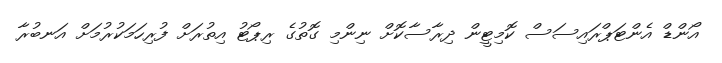
އޯންޑް އެންޓަޕްރައިސަސް ކޮމިޓީން ދިރާސާކޮށް ނިންމި ގޮތުގެ ރިޕޯޓު އިތުރަށް ފުރިހަމަކުރުމަށް އަނބުރާ